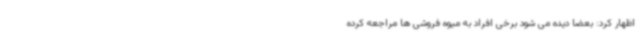
اظهار کرد: بعضا دیده می شود برخی افراد به میوه فروشی ها مراجعه کرده